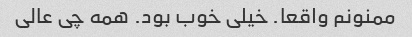
ممنونم واقعا. خیلی خوب بود. همه چی عالی